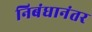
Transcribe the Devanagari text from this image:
निबंधानंतर